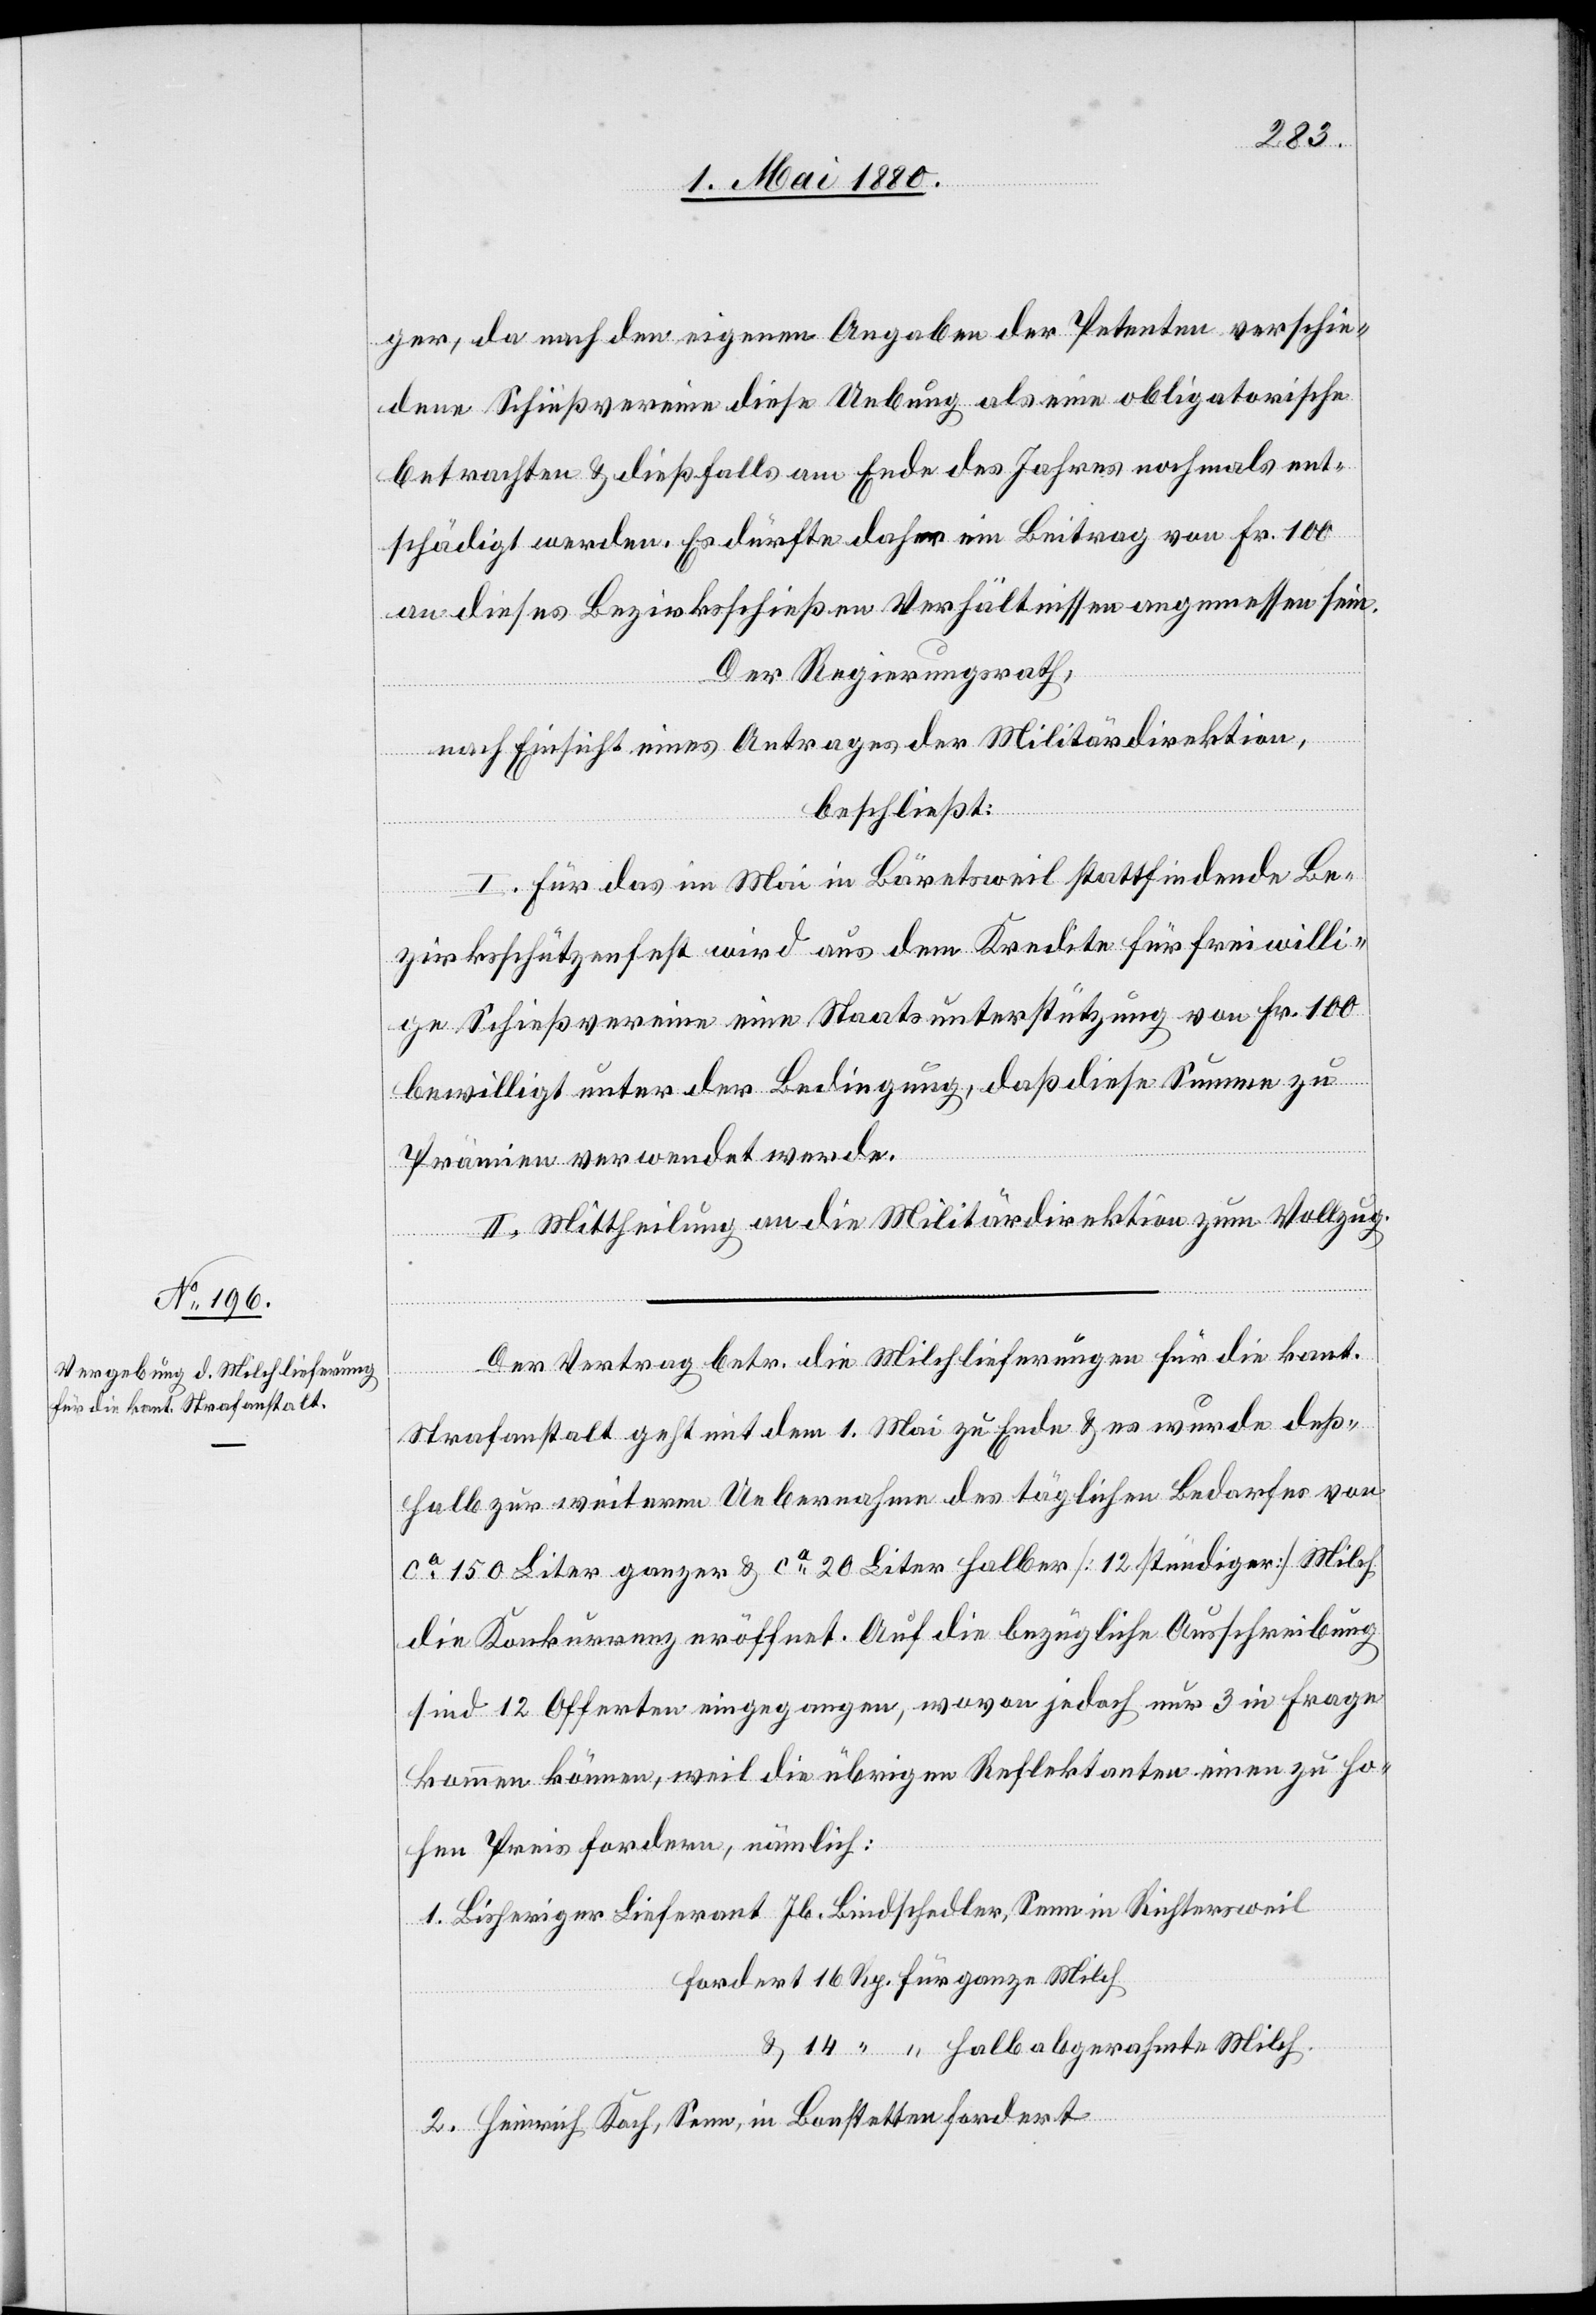
ger, da nach den eigenen Angaben der Petenten verschie¬
dene Schießvereine diese Uebung als eine obligatorische
betrachten & dießfalls am Ende des Jahres nochmals ent¬
schädigt werden. Es dürfte daher ein Beitrag von Fr. 100
an dieses Bezirksschießen [den] Verhältnissen angemessen sein.
Der Regierungsrath,
nach Einsicht eines Antrages der Militärdirektion,
&
beschließt:
I. Für das im Mai in Bäretsweil stattfindende Be¬
zirksschützenfest wird aus dem Kredite für freiwilli¬
ge Schießvereine eine Staatsunterstützung von Fr. 100
bewilligt unter der Bedingung, daß diese Summe zu
Prämien verwendet werde.
II. Mittheilung an die Militärdirektion zum Vollzug.
2.
Der Vertrag betr. die Milchlieferungen für die kant.
ganze
Strafanstalt geht mit dem 1. Mai zu Ende & es wurde deß¬
halb zur weiteren Uebernahme des täglichen Bedarfes von
ca 150 Liter ganzer & ca 20 Liter halber [12 stündiger] Milch
die Konkurrenz eröffnet. Auf die bezügliche Ausschreibung
sind 12 Offerten eingegangen, wovon jedoch nur 3 in Frage
kommen können, weil die übrigen Reflektanten einen zu ho¬
hen Preis fordern, nämlich:
Bisheriger Lieferant Jb. Bindschedler, Senn in Richtersweil
Heinrich Koch, Senn, in Bonstetten fordert